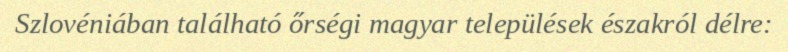
Szlovéniában található őrségi magyar települések északról délre: